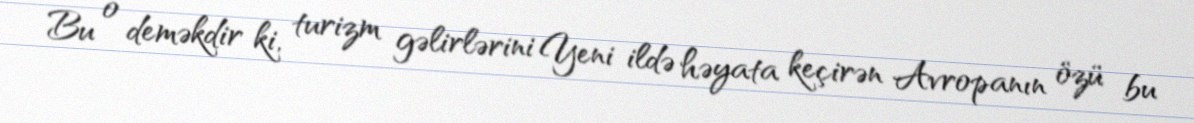
Bu o deməkdir ki, turizm gəlirlərini Yeni ildə həyata keçirən Avropanın özü bu